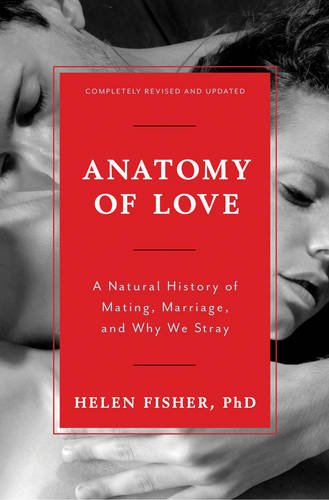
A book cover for Anatomy of Love: A Natural History of Mating, Marriage, and Why We Stray (Completely Revised and Updated with a New Introduction); Helen Fisher; Self-Help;